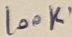
Text: 100K